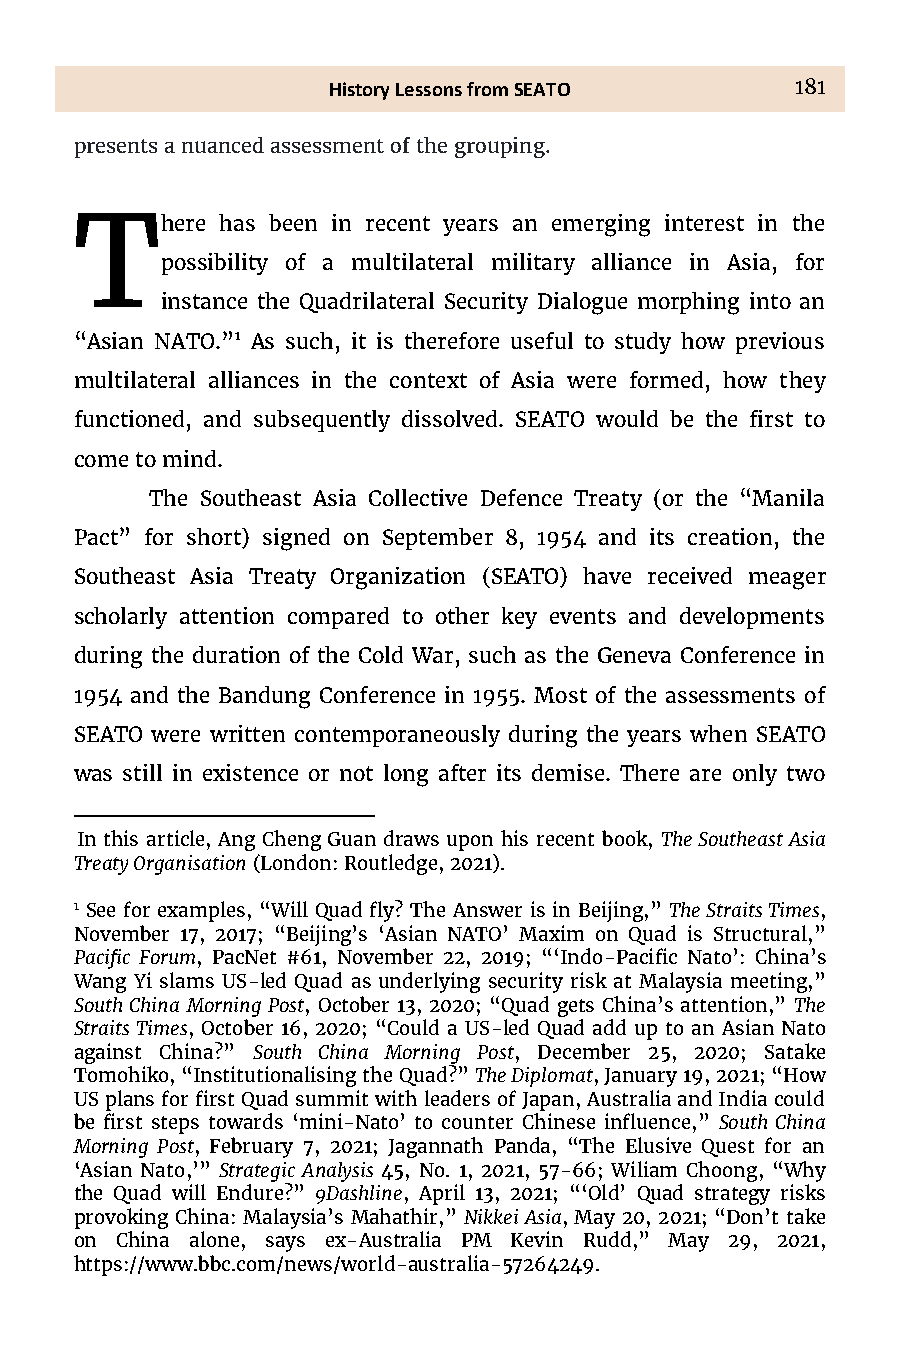
History Lessons from SEATO     181
 presents a nuanced assessment of the
 grouping.
 T     here has been in recent years an emerging interest in the
 possibility of a multilateral military alliance in Asia, for
 instance the Quadrilateral Security Dialogue morphing into an
 “Asian NATO.”1 As such, it is therefore useful to study how previous
 multilateral alliances in the context of Asia were formed, how they
 functioned, and subsequently dissolved. SEATO would be the first to
 come to mind.
 The Southeast Asia Collective Defence Treaty (or the “Manila
 Pact” for short) signed on September 8, 1954 and its creation, the
 Southeast Asia Treaty Organization (SEATO) have received meager
 scholarly attention compared to other key events and developments
 during the duration of the Cold War, such as the Geneva Conference in
 1954 and the Bandung Conference in 1955. Most of the assessments of
 SEATO were written contemporaneously during the years when SEATO
 was still in existence or not long after its demise. There are only two
 In this article, Ang Cheng Guan draws upon his recent book, The Southeast Asia
 Treaty Organisation (London: Routledge, 2021).
 1 See for examples, “Will Quad fly< The Answer is in Beijing,” The Straits Times,
 November 17, 2017; “Beijing’s ‘Asian NATO’ Maxim on Quad is Structural,”
 Pacific Forum, PacNet #61, November 22, 2019; “‘Indo-Pacific Nato’: China’s
 Wang Yi slams US-led Quad as underlying security risk at Malaysia meeting,”
 South China Morning Post, October 13, 2020; “Quad gets China’s attention,” The
 Straits Times, October 16, 2020; “Could a US-led Quad add up to an Asian Nato
 against China<” South China Morning Post, December 25, 2020; Satake
 Tomohiko, “Institutionalising the Quad<” The Diplomat, January 19, 2021; “How
 US plans for first Quad summit with leaders of Japan, Australia and India could
 be first steps towards ‘mini-Nato’ to counter Chinese influence,” South China
 Morning Post, February 7, 2021; Jagannath Panda, “The Elusive Quest for an
 ‘Asian Nato,’” Strategic Analysis 45, No. 1, 2021, 57-66; Wiliam Choong, “Why
 the Quad will Endure<” 9Dashline, April 13, 2021; “‘Old’ Quad strategy risks
 provoking China: Malaysia’s Mahathir,” Nikkei Asia, May 20, 2021; “Don’t take
 on China alone, says ex-Australia PM Kevin Rudd,” May 29, 2021,
 https://www.bbc.com/news/world-australia-57264249.